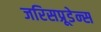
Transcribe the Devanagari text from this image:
जरिसप्रूडेन्स